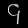
Digit: ၄